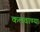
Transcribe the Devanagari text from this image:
कलवाण्या